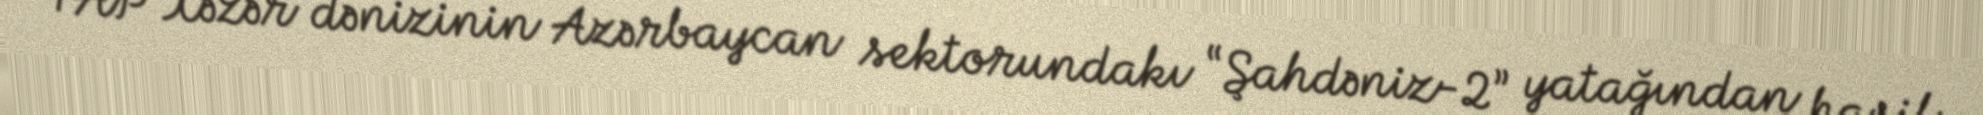
TAP Xəzər dənizinin Azərbaycan sektorundakı “Şahdəniz-2” yatağından hasil